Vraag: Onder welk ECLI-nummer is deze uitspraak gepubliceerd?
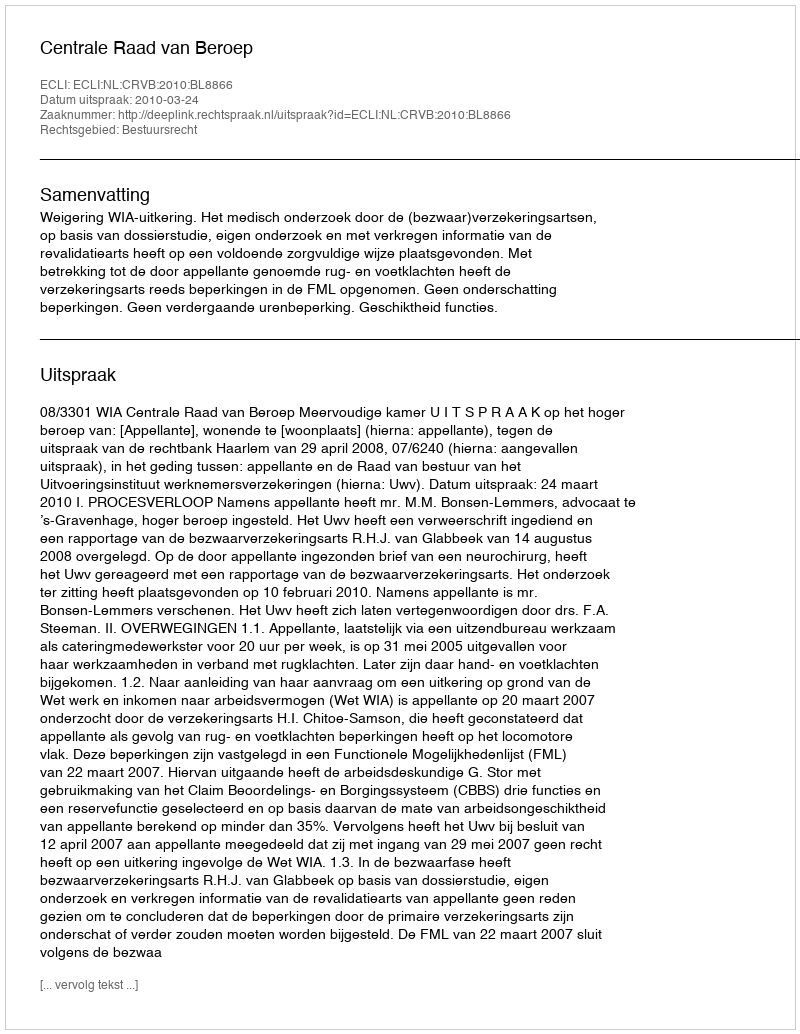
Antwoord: ECLI:NL:CRVB:2010:BL8866